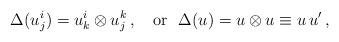
LaTeX: \begin{align*}\Delta(u^i_j)=u^i_k\otimes u^k_j\,, \ \ \ {\rm or} \ \ \Delta(u)=u\otimes u\equiv u\,u'\,, \end{align*}